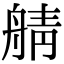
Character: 䑶